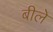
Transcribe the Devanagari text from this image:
बीले